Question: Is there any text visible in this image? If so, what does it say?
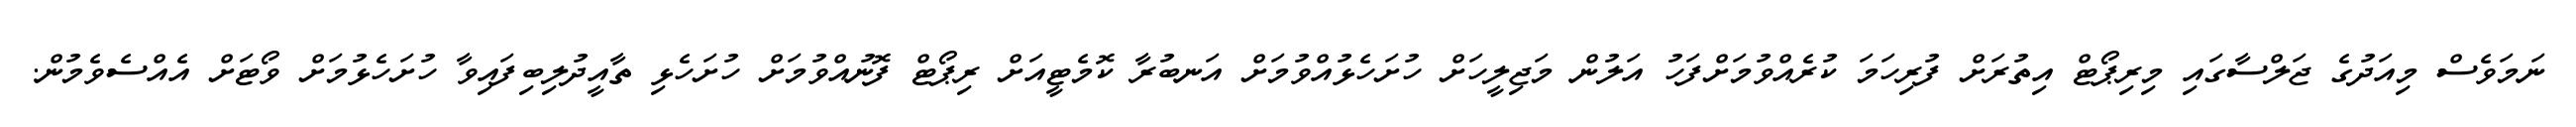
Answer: ނަމަވެސް މިއަދުގެ ޖަލްސާގައި މިރިޕޯޓް އިތުރަށް ފުރިހަމަ ކުރެއްވުމަށްފަހު އަލުން މަޖިލީހަށް ހުށަހެޅުއްވުމަށް އަނބުރާ ކޮމެޓީއަށް ރިޕޯޓް ފޮނުއްވުމަށް ހުށަހެޅި ތާއީދުލިބިފައިވާ ހުށަހެޅުމަށް ވޯޓަށް އެއްސެވެމުން.